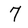
Character: 7